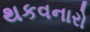
થકવનારો